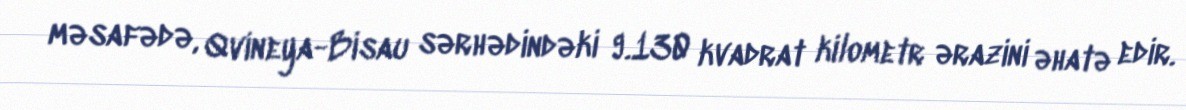
məsafədə, Qvineya-Bisau sərhədindəki 9.130 kvadrat kilometr ərazini əhatə edir.